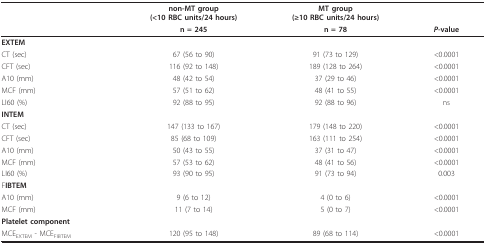
|  | non-MT group(<10 RBC units/24 hours) | MT group(≥10 RBC units/24 hours) |  |
 |  | n = 245 | n = 78 | P-value |
 | --- | --- | --- | --- |
 | EXTEM |  |  |  |
 | CT (sec) | 67 (56 to 90) | 91 (73 to 129) | <0.0001 |
 | CFT (sec) | 116 (92 to 148) | 189 (128 to 264) | <0.0001 |
 | A10 (mm) | 48 (42 to 54) | 37 (29 to 46) | <0.0001 |
 | MCF (mm) | 57 (51 to 62) | 48 (41 to 55) | <0.0001 |
 | LI60 (%) | 92 (88 to 95) | 92 (88 to 96) | ns |
 | INTEM |  |  |  |
 | CT (sec) | 147 (133 to 167) | 179 (148 to 220) | <0.0001 |
 | CFT (sec) | 85 (68 to 109) | 163 (111 to 254) | <0.0001 |
 | A10 (mm) | 50 (43 to 55) | 37 (31 to 47) | <0.0001 |
 | MCF (mm) | 57 (53 to 62) | 48 (41 to 56) | <0.0001 |
 | LI60 (%) | 93 (90 to 95) | 91 (73 to 94) | 0.003 |
 | FIBTEM |  |  |  |
 | A10 (mm) | 9 (6 to 12) | 4 (0 to 6) | <0.0001 |
 | MCF (mm) | 11 (7 to 14) | 5 (0 to 7) | <0.0001 |
 | Platelet component |  |  |  |
 | MCEEXTEM - MCEFIBTEM | 120 (95 to 148) | 89 (68 to 114) | <0.0001 |